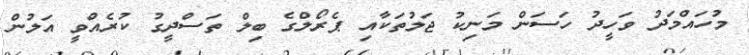
މުހައްމަދު ވަހީދު ހަސަން މަނިކު ޖަލުތަކާއި ޕެރޯލްގެ ބިލް ތަސްދީގު ކުރެއްވީ އަލުން